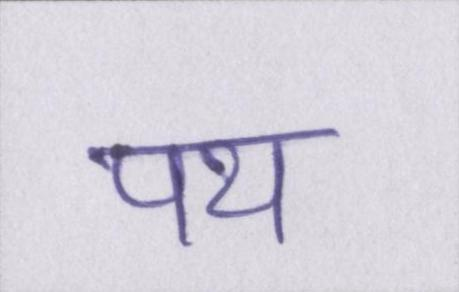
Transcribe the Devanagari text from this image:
पथ